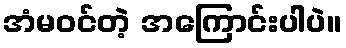
အံမဝင်တဲ့ အကြောင်းပါပဲ။